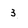
Character: 3